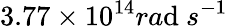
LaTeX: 3.77\times10^{14}ra\mathrm{d}\ s^{-1}